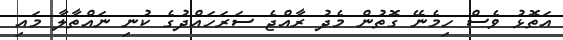
އަތޮޅު ވެސް ހިމެނޭ ގޮތުން މެދު ރާއްޖެ ސަރަހައްދުގެ ކުނި ނައްތާލާ މައި